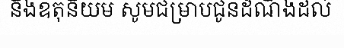
និងឧតុនិយម សូមជម្រាបជូនដំណឹងដល់